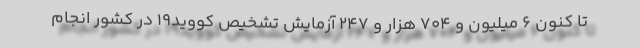
تا کنون ۶ میلیون و ۷۰۴ هزار و ۲۴۷ آزمایش تشخیص کووید۱۹ در کشور انجام